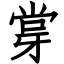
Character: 牚